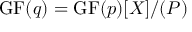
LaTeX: \mathrm { { G F } } ( q ) = \mathrm { { G F } } ( p ) [ X ] / ( P )